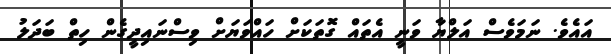
އައެވެ. ނަމަވެސް އަލްޔާ ވަނީ އެތައް ގޮތަކަށް ހައްވަޔަށް ވިސްނައިދީގެން ހިތް ބަދަލު